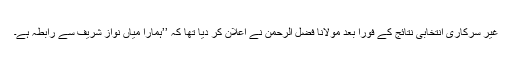
غیر سرکاری انتخابی نتائج کے فوراً بعد مولانا فضل الرحمن نے اعلان کر دیا تھا کہ ’’ہمارا میاں نواز شریف سے رابطہ ہے۔